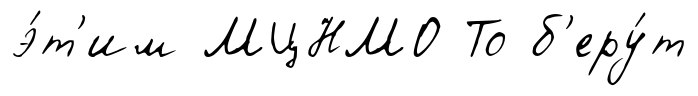
э́т'им МЦНМО То б'еру́т